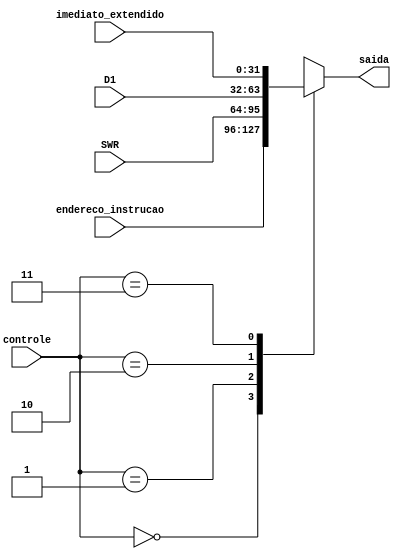
module MUX_N (endereco_instrucao, SWR, D1, imediato_extendido, /*resultado_ula,*/ saida, controle);
	input [31:0] endereco_instrucao;
	input [31:0] SWR;
	input [31:0] D1;
	input [31:0] imediato_extendido;
	input [1:0] controle;

	output reg [31:0] saida;
	
	always @ (*) begin
		case(controle[1:0])
			2'b00: saida = endereco_instrucao;
			2'b01: saida = SWR;
			2'b10: saida = D1;
			2'b11: saida = imediato_extendido;
		endcase
	end
endmodule